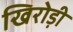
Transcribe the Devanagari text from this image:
खिरोड़ी